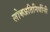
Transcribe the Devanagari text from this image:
लोकप्रतिनिधींनी